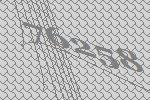
76258